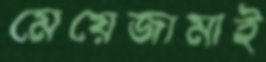
মেয়েজামাই